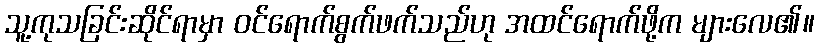
သူ့ကုသခြင်းဆိုင်ရာမှာ ဝင်ရောက်စွက်ဖက်သည်ဟု အထင်ရောက်ဖို့က များလေ၏။